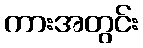
ကားအတွင်း